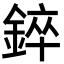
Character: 錊